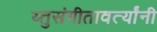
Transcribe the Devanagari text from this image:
य्तुसंगीतावर्त्यांनी